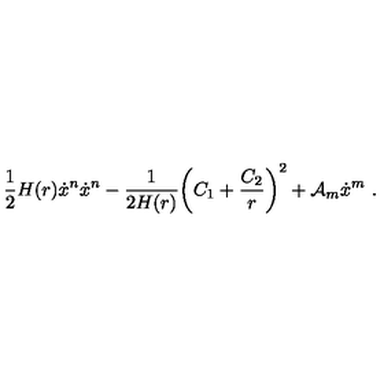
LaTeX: \frac { 1 } { 2 } H ( r ) \dot { x } ^ { n } \dot { x } ^ { n } - \frac { 1 } { 2 H ( r ) } \biggl ( C _ { 1 } + \frac { C _ { 2 } } { r } \biggr ) ^ { 2 } + { \cal A } _ { m } \dot { x } ^ { m } \ .